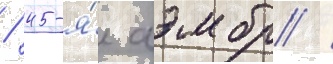
/ 45-я́ аэмбр /